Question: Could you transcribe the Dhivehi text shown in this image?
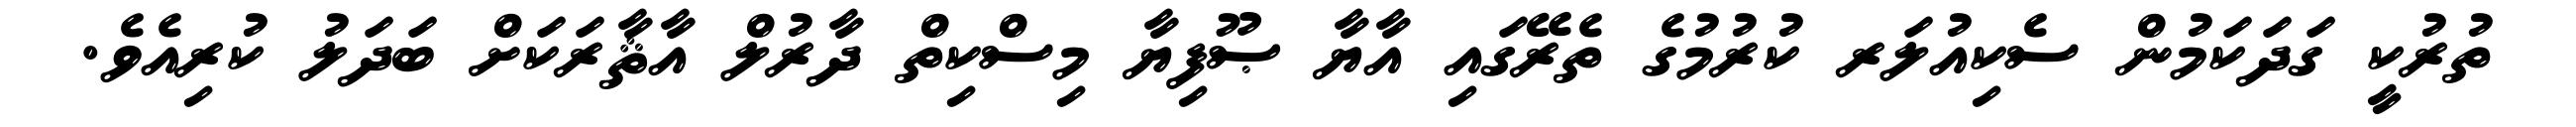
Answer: ތުރުކީ ގަދަކަމުން ސެކިއުލަރ ކުރުމުގެ ތެރޭގައި އާޔާ ޞޫފިޔާ މިސްކިތް ދާރުލް އާޘާރަކަށް ބަދަލު ކުރިއެވެ.